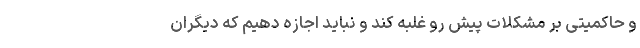
و حاکمیتی بر مشکلات پیش رو غلبه کند و نباید اجازه دهیم که دیگران